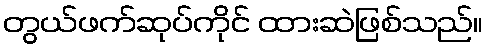
တွယ်ဖက်ဆုပ်ကိုင် ထားဆဲဖြစ်သည်။